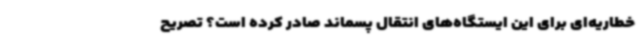
خطاریه‌ای برای این ایستگاه‌های انتقال پسماند صادر کرده است؟ تصریح